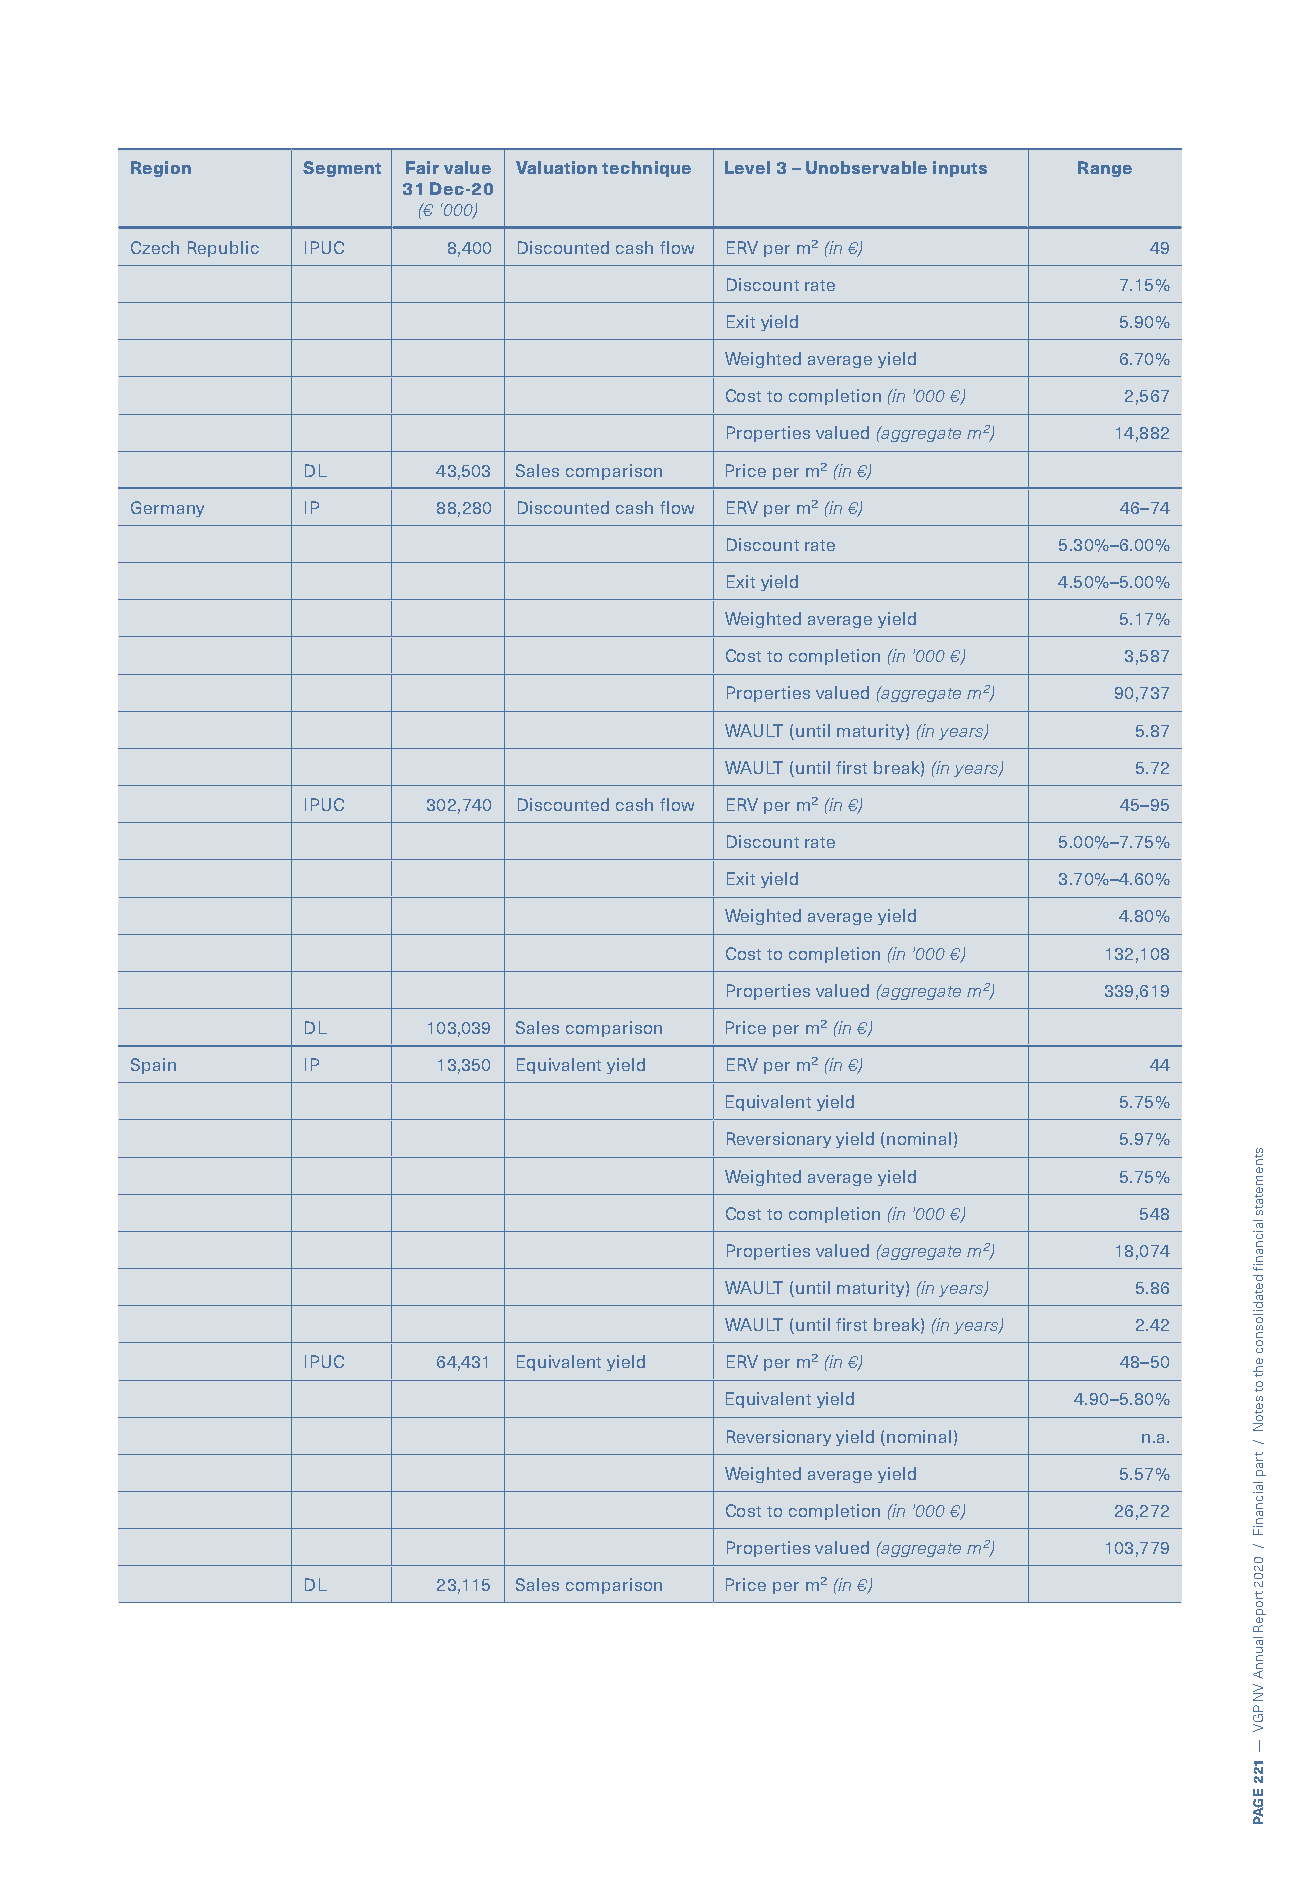
Region     Segment Fair value Valuation technique Level 3 – Unobservable inputs Range
 31 Dec-20
 (€ ‘000)
 Czech Republic IPUC  8,400 Discounted cash flow ERV per m² (in €)  49
 Discount rate             7.15%
 Exit yield                5.90%
 Weighted average yield    6.70%
 Cost to completion (in '000 €) 2,567
 Properties valued (aggregate m²) 14,882
 DL       43,503 Sales comparison Price per m² (in €)
 Germany    IP       88,280 Discounted cash flow ERV per m² (in €) 46–74
 Discount rate         5.30%–6.00%
 Exit yield            4.50%–5.00%
 Weighted average yield    5.17%
 Cost to completion (in '000 €) 3,587
 Properties valued (aggregate m²) 90,737
 WAULT (until maturity) (in years) 5.87
 WAULT (until first break) (in years) 5.72
 IPUC    302,740 Discounted cash flow ERV per m² (in €) 45–95
 Discount rate         5.00%–7.75%
 Exit yield            3.70%–4.60%
 Weighted average yield    4.80%
 Cost to completion (in '000 €) 132,108
 Properties valued (aggregate m²) 339,619
 DL      103,039 Sales comparison Price per m² (in €)
 Spain      IP       13,350 Equivalent yield ERV per m² (in €)      44
 Equivalent yield          5.75%
 Reversionary yield (nominal) 5.97%
 Weighted average yield    5.75%
 Cost to completion (in '000 €) 548
 Properties valued (aggregate m²) 18,074
 WAULT (until maturity) (in years) 5.86
 WAULT (until first break) (in years) 2.42
 IPUC     64,431 Equivalent yield ERV per m² (in €)    48–50
 Equivalent yield       4.90–5.80%
 Reversionary yield (nominal) n.a.
 Weighted average yield    5.57%
 Cost to completion (in '000 €) 26,272
 Properties valued (aggregate m²) 103,779
 DL       23,115 Sales comparison Price per m² (in €)
 stnemetats
 laicnanif
 detadilosnoc
 eht
 ot
 setoN
 /
 trap
 laicnaniF
 /
 0202
 tropeR
 launnA
 VN
 PGV
 —
 122
 EGAP